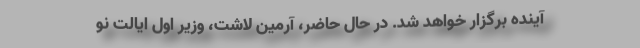
آینده برگزار خواهد شد. در حال حاضر، آرمین لاشت، وزیر اول ایالت نو